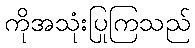
ကိုအသုံးပြုကြသည်